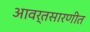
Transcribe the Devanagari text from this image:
आवर्तसारणीत